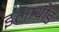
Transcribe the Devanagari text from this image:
इलाथोड